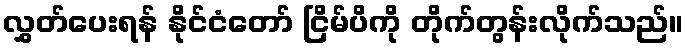
လွှတ်ပေးရန် နိုင်ငံတော် ငြိမ်ပိကို တိုက်တွန်းလိုက်သည်။